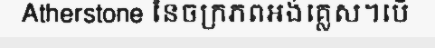
Atherstone នៃចក្រភពអង់គ្លេស។បើ